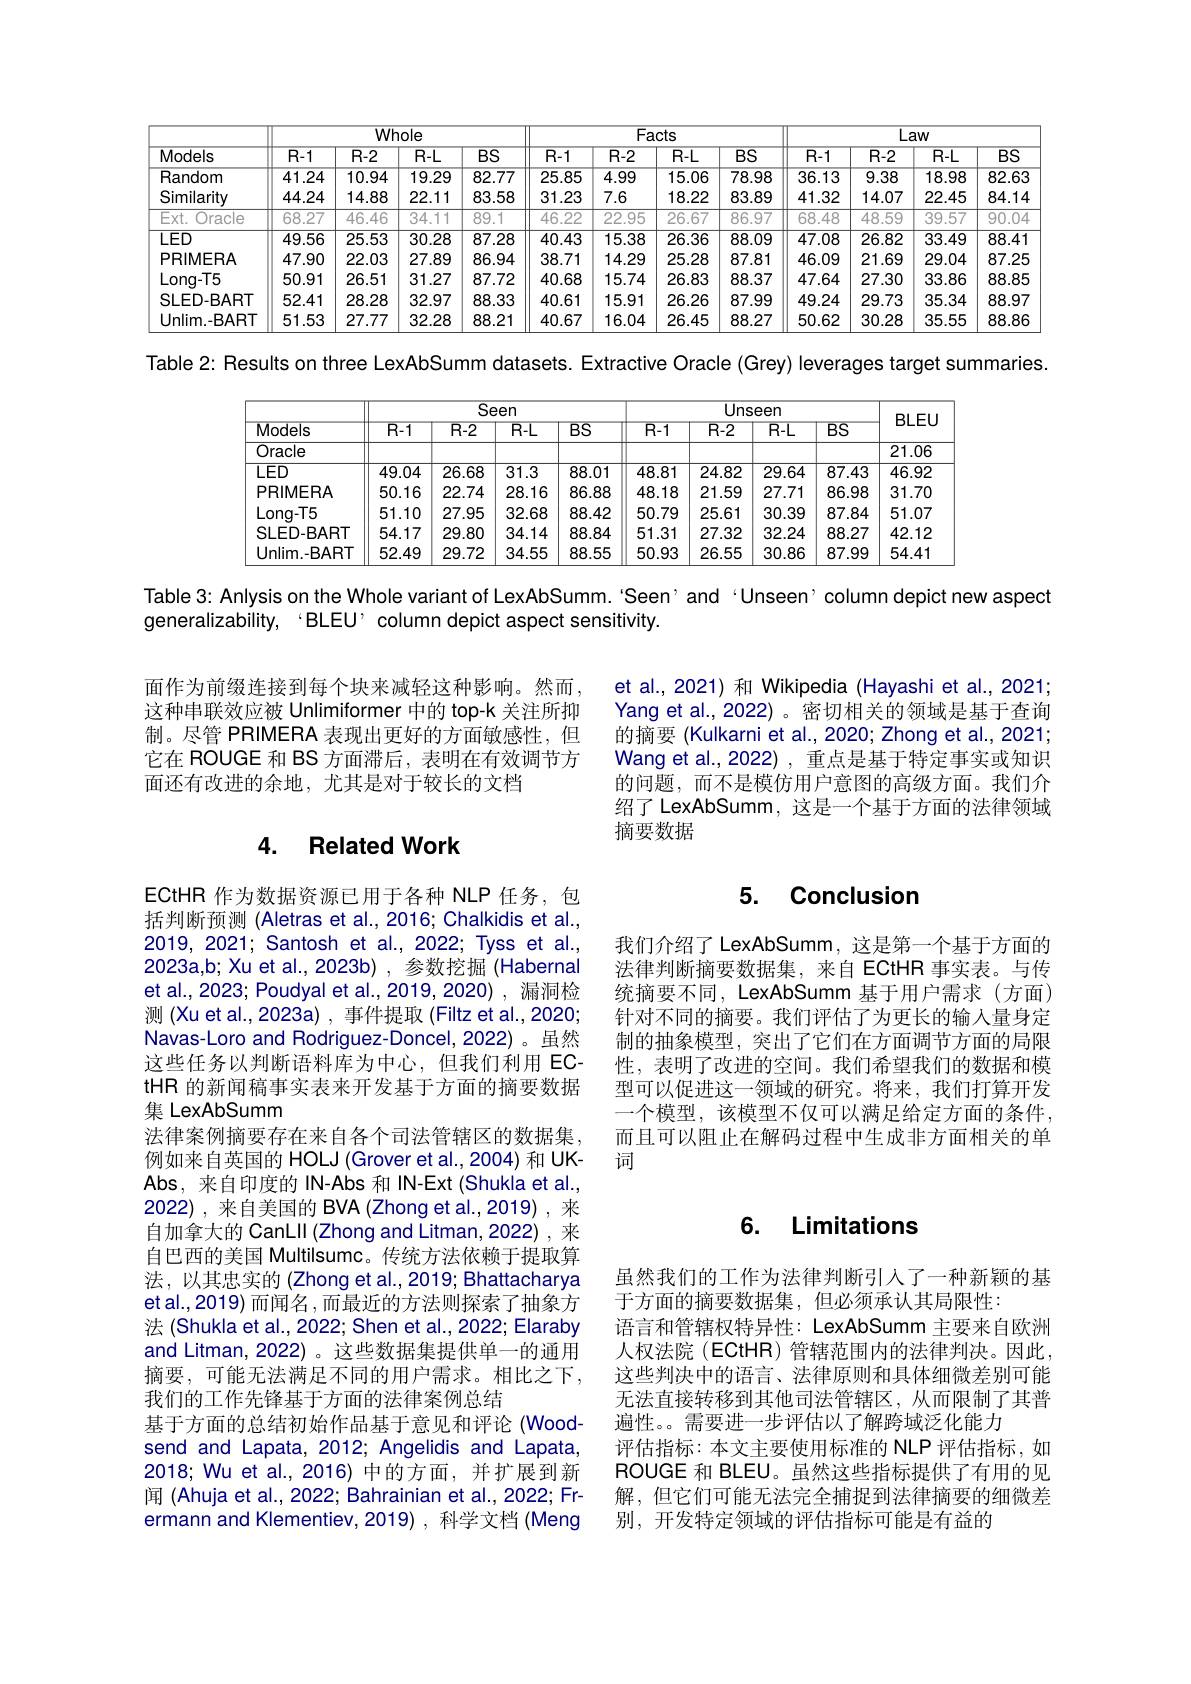
<table>
	<tbody>
		<tr>
			<th rowspan="2">Models</th>
			<th colspan="4">Whole</th>
			<th colspan="4">Facts</th>
			<th colspan="4">Law</th>
		</tr>
		<tr>
			<th>$\overline{R-1}$</th>
			<th>$\overline{R-2}$</th>
			<th>$\overline{R-L}$</th>
			<th>$BS$</th>
			<th>$\overline{R-1}$</th>
			<th>$\overline{R-2}$</th>
			<th>$\overline{R-L}$</th>
			<th>$BS$</th>
			<th>$\overline{R-1}$</th>
			<th>$\overline{R-2}$</th>
			<th>$\overline{R-L}$</th>
			<th>$BS$</th>
		</tr>
		<tr>
			<td>Random</td>
			<td>41.24</td>
			<td>10.94</td>
			<td>19.29</td>
			<td>82.77</td>
			<td>25.85</td>
			<td>4.99</td>
			<td>15.06</td>
			<td>78.98</td>
			<td>36.13</td>
			<td>9.38</td>
			<td>18.98</td>
			<td>82.63</td>
		</tr>
		<tr>
			<td>Similarity</td>
			<td>44.24</td>
			<td>14.88</td>
			<td>22.11</td>
			<td>83.58</td>
			<td>31.23</td>
			<td>7.6</td>
			<td>18.22</td>
			<td>83.89</td>
			<td>41.32</td>
			<td>14.07</td>
			<td>22.45</td>
			<td>84.14</td>
		</tr>
		<tr>
			<td>$Ext.$ Oracles</td>
			<td>68.27</td>
			<td>46.46</td>
			<td>34.11</td>
			<td>89.1</td>
			<td>46.22</td>
			<td>22.95</td>
			<td>26.67</td>
			<td>86.97</td>
			<td>68.48</td>
			<td>48.59</td>
			<td>39.57</td>
			<td>90.04</td>
		</tr>
		<tr>
			<td>LED</td>
			<td>49.56</td>
			<td>25.53</td>
			<td>30.28</td>
			<td>87.28</td>
			<td>40.43</td>
			<td>15.38</td>
			<td>26.36</td>
			<td>88.09</td>
			<td>47.08</td>
			<td>26.82</td>
			<td>33.49</td>
			<td>88.41</td>
		</tr>
		<tr>
			<td>PRIMERA</td>
			<td>47.90</td>
			<td>22.03</td>
			<td>27.89</td>
			<td>86.94</td>
			<td>38.71</td>
			<td>14.29</td>
			<td>25.28</td>
			<td>87.81</td>
			<td>46.09</td>
			<td>21.69</td>
			<td>29.04</td>
			<td>87.25</td>
		</tr>
		<tr>
			<td>$Long-T5$</td>
			<td>50.91</td>
			<td>26.51</td>
			<td>31.27</td>
			<td>87.72</td>
			<td>40.68</td>
			<td>15.74</td>
			<td>26.83</td>
			<td>88.37</td>
			<td>47.64</td>
			<td>27.30</td>
			<td>33.86</td>
			<td>88.85</td>
		</tr>
		<tr>
			<td>SLED-BART</td>
			<td>52.41</td>
			<td>28.28</td>
			<td>32.97</td>
			<td>88.33</td>
			<td>40.61</td>
			<td>15.91</td>
			<td>26.26</td>
			<td>87.99</td>
			<td>49.24</td>
			<td>29.73</td>
			<td>35.34</td>
			<td>88.97</td>
		</tr>
		<tr>
			<td>Unlim.-BART</td>
			<td>51.53</td>
			<td>27.77</td>
			<td>32.28</td>
			<td>88.21</td>
			<td>40.67</td>
			<td>16.04</td>
			<td>26.45</td>
			<td>88.27</td>
			<td>50.62</td>
			<td>30.28</td>
			<td>35.55</td>
			<td>88.86</td>
		</tr>
	</tbody>
</table>

Table 2: Results on three LexAbSumm datasets. Extractive Oracle (Grey) leverages target summaries.

<table>
	<tbody>
		<tr>
			<th rowspan="2">Models</th>
			<th colspan="4">Seen</th>
			<th colspan="4">Unseen</th>
			<th rowspan="2">BLEU</th>
		</tr>
		<tr>
			<th>$R-1$</th>
			<th>$R-2$</th>
			<th>$R-L$</th>
			<th>$BS$</th>
			<th>$R-1$</th>
			<th>$R-2$</th>
			<th>$R-L$</th>
			<th>$BS$</th>
		</tr>
		<tr>
			<td>Oracle</td>
			<td> </td>
			<td> </td>
			<td> </td>
			<td> </td>
			<td> </td>
			<td> </td>
			<td> </td>
			<td> </td>
			<td>21.06</td>
		</tr>
		<tr>
			<td>$LED$</td>
			<td>49.04</td>
			<td>26.68</td>
			<td>$\overline{31.3}$</td>
			<td>88.01</td>
			<td>48.81</td>
			<td>24.82</td>
			<td>29.64</td>
			<td>87.43</td>
			<td>46.92</td>
		</tr>
		<tr>
			<td>PRIMERA</td>
			<td>50.16</td>
			<td>22.74</td>
			<td>28.16</td>
			<td>86.88</td>
			<td>48.18</td>
			<td>21.59</td>
			<td>27.71</td>
			<td>86.98</td>
			<td>31.70</td>
		</tr>
		<tr>
			<td>Long-T5</td>
			<td>51.10</td>
			<td>27.95</td>
			<td>32.68</td>
			<td>88.42</td>
			<td>50.79</td>
			<td>25.61</td>
			<td>30.39</td>
			<td>87.84</td>
			<td>51.07</td>
		</tr>
		<tr>
			<td>SLED-BART</td>
			<td>54.17</td>
			<td>29.80</td>
			<td>34.14</td>
			<td>88.84</td>
			<td>51.31</td>
			<td>27.32</td>
			<td>32.24</td>
			<td>88.27</td>
			<td>42.12</td>
		</tr>
		<tr>
			<td>Unlim.-BART</td>
			<td>52.49</td>
			<td>29.72</td>
			<td>34.55</td>
			<td>88.55</td>
			<td>50.93</td>
			<td>26.55</td>
			<td>30.86</td>
			<td>87.99</td>
			<td>54.41</td>
		</tr>
	</tbody>
</table>

Table 3: Anlysis on the Whole variant of LexAbSumm. 'Seen' and ‘Unseen’ column depict new aspect
generalizability, ‘BLEU’ column depict aspect sensitivity

面作为前缀连接到每个块来减轻这种影响。然而， 这种串联效应被 Unlimiformer 中的 top-k 关注所抑制。尽管 PRIMERA 表现出更好的方面敏感性，但它在 ROUGE 和 BS 方面滞后，表明在有效调节方面还有改进的余地，尤其是对于较长的文档

et al., 2021) 和 Wikipedia (Hayashi et al., 2021; Yang et al., 2022)。密切相关的领域是基于查询的摘要 (Kulkarni et al., 2020; Zhong et al., 2021; Wang et al., 2022) , 重点是基于特定事实或知识的问题，而不是模仿用户意图的高级方面。我们介绍了 LexAbSumm, 这是一个基于方面的法律领域摘要数据

### 4. Related Work

## 5. Conclusion

我们介绍了 LexAbSumm, 这是第一个基于方面的法律判断摘要数据集，来自 ECtHR 事实表。与传统摘要不同，LexAbSumm 基于用户需求(方面) 针对不同的摘要。我们评估了为更长的输入量身定制的抽象模型，突出了它们在方面调节方面的局限性，表明了改进的空间。我们希望我们的数据和模型可以促进这一领域的研究。将来，我们打算开发一个模型，该模型不仅可以满足给定方面的条件， 而且可以阻止在解码过程中生成非方面相关的单词

ECtHR 作为数据资源已用于各种 NLP 任务，包括判断预测 (Aletras et al., 2016; Chalkidis et al., 2019,2021; Santosh et al., 2022; Tyss et al., 2023a,b; Xu et al.,2023b),参数挖掘(Habernal et al., 2023; Poudyal et al., 2019, 2020) , 漏洞检测 (Xu et al., 2023a) , 事件提取 (Filtz et al., 2020; Navas-Loro and Rodriguez-Doncel, 2022) 。虽然这些任务以判断语料库为中心，但我们利用 ECtHR 的新闻稿事实表来开发基于方面的摘要数据集 LexAbSumm
法律案例摘要存在来自各个司法管辖区的数据集， 例如来自英国的 HOLJ (Grover et al.,2004) 和 UKAbs, 来自印度的 IN-Abs 和 IN-Ext (Shukla et al., 2022),来自美国的 BVA (Zhong et al.,2019),来自加拿大的 CanLII (Zhong and Litman, 2022) , 来自巴西的美国 Multilsumc。传统方法依赖于提取算法，以其忠实的 (Zhong et al.,2019; Bhattacharya et al.,2019) 而闻名 ,而最近的方法则探索了抽象方法 (Shukla et al., 2022; Shen et al., 2022; Elaraby and Litman, 2022) 。这些数据集提供单一的通用摘要，可能无法满足不同的用户需求。相比之下， 我们的工作先锋基于方面的法律案例总结
基于方面的总结初始作品基于意见和评论(Wood-) send and Lapata, 2012; Angelidis and Lapata, 2018; Wu et al.,2016) 中的方面，并扩展到新闻 (Ahuja et al., 2022; Bahrainian et al., 2022; Frermann and Klementiev, 2019) , 科学文档 (Meng

### 6. Limitations

虽然我们的工作为法律判断引人了一种新颖的基
于方面的摘要数据集，但必须承认其局限性：
语言和管辖权特异性：LexAbSumm 主要来自欧洲人权法院(ECtHR)管辖范围内的法律判决。因此， 这些判决中的语言、法律原则和具体细微差别可能无法直接转移到其他司法管辖区，从而限制了其普遍性。需要进一步评估以了解跨域泛化能力
评估指标：本文主要使用标准的 NLP 评估指标，如ROUGE 和 BLEU。虽然这些指标提供了有用的见解，但它们可能无法完全捕捉到法律摘要的细微差别，开发特定领域的评估指标可能是有益的